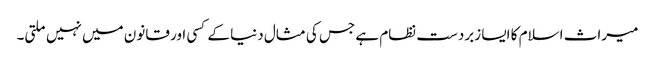
میراث اسلام کا ایسا زبردست نظام ہے جس کی مثال دنیا کے کسی اور قانون میں نہیں ملتی۔